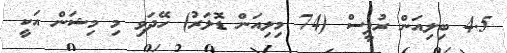
4.5 ބިލިއަން ރުޕީސް (74 މިލިއަން ޑޮލަރު) ހޭދަވި މި މިޝަން އަކީ